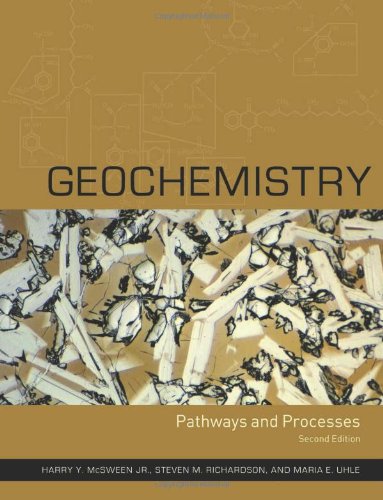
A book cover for Geochemistry: Pathways and Processes; Harry Y. McSween; Science & Math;